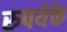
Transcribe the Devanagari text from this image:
रुपयेके